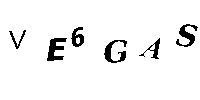
VE6GAS